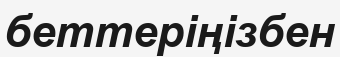
беттеріңізбен